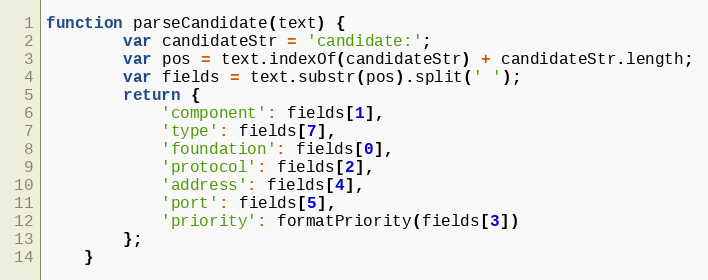
Language: JavaScript
function parseCandidate(text) {
        var candidateStr = 'candidate:';
        var pos = text.indexOf(candidateStr) + candidateStr.length;
        var fields = text.substr(pos).split(' ');
        return {
            'component': fields[1],
            'type': fields[7],
            'foundation': fields[0],
            'protocol': fields[2],
            'address': fields[4],
            'port': fields[5],
            'priority': formatPriority(fields[3])
        };
    }